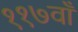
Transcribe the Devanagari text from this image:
११७वाँ